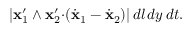
| { \bf x } _ { 1 } ^ { \prime } \wedge { \bf x } _ { 2 } ^ { \prime } { \cdot } ( \dot { \bf x } _ { 1 } - \dot { \bf x } _ { 2 } ) | \, d l \, d y \, d t .